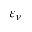
\varepsilon _ { \nu }